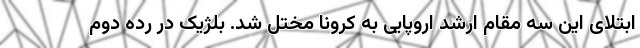
ابتلای این سه مقام ارشد اروپایی به کرونا مختل شد. بلژیک در رده دوم